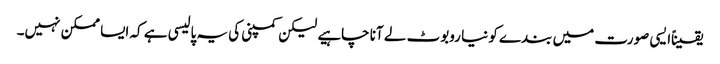
یقیناًایسی صورت میں بندے کو نیا روبوٹ لے آنا چاہیے لیکن کمپنی کی یہ پالیسی ہے کہ ایسا ممکن نہیں۔